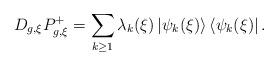
LaTeX: \begin{align*}D_{g,\xi}P^+_{g,\xi}=\sum_{k\geq 1}\lambda_k(\xi)\left|\psi_k(\xi)\right>\left<\psi_k(\xi)\right|.\end{align*}